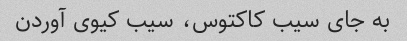
به جای سیب کاکتوس، سیب کیوی آوردن